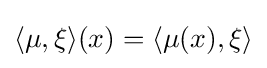
\langle \mu ,\xi \rangle (x)=\langle \mu (x),\xi \rangle